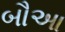
બૌઆ